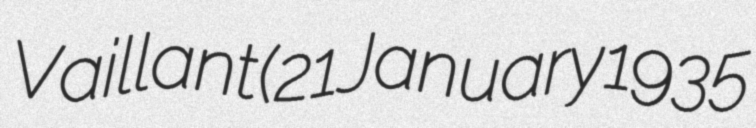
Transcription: Vaillant (21 January 1935